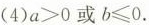
(4)$$a>0$$或$$b \leqslant 0$$.